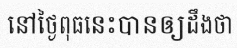
នៅថ្ងៃពុធនេះបានឲ្យដឹងថា